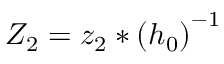
Z _ { 2 } = z _ { 2 } * \left( h _ { 0 } \right) ^ { - 1 }